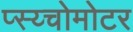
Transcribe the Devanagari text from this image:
प्स्य्चोमोटर